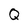
Character: Q